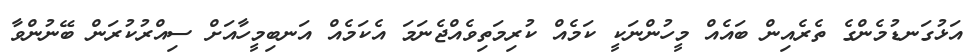
އަޅުގަނޑުމެންގެ ތެރެއިން ބައެއް މީހުންނަކީ ކަމެއް ކުރިމަތިވެއްޖެނަމަ އެކަމެއް އަނބިމީހާއަށް ސިއްރުކުރަން ބޭނުންވާ